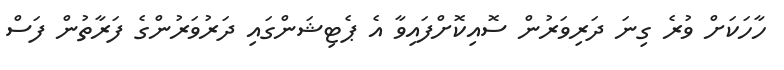
ހާހަކަށް ވުރެ ގިނަ ދަރިވަރުން ސޮއިކޮށްފައިވާ އެ ޕެޓިޝަންގައި ދަރުވަރުންގެ ފަރާތުން ފަސް